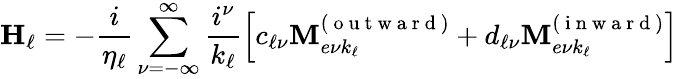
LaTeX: \mathbf{H}_{\ell}=-\frac{i}{\eta_{\ell}}\sum_{\nu=-\infty}^{\infty}\frac{i^{\nu}}{k_{\ell}}\left[c_{\ell\nu}\mathbf{M}_{e\nu k_{\ell}}^{(\mathrm{~o~u~t~w~a~r~d~})}+d_{\ell\nu}\mathbf{M}_{e\nu k_{\ell}}^{(\mathrm{~i~n~w~a~r~d~})}\right]